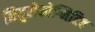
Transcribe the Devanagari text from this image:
नियुरोकोग्निटिव